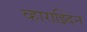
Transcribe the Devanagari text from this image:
व्हाराझ्दिन